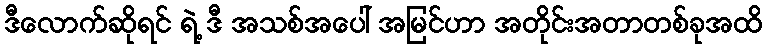
ဒီလောက်ဆိုရင် ရဲ့ ဒီ အသစ်အပေါ် အမြင်ဟာ အတိုင်းအတာတစ်ခုအထိ